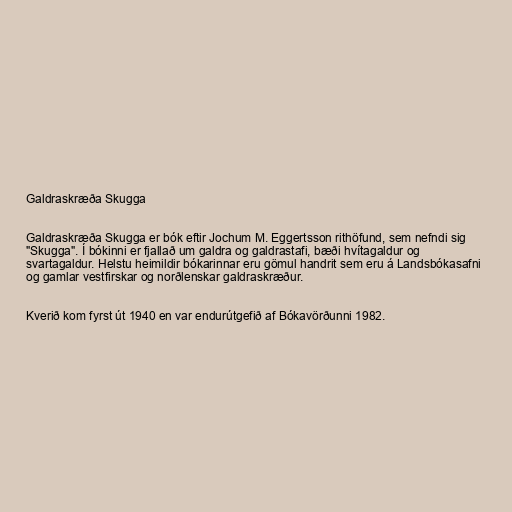
Galdraskræða Skugga

Galdraskræða Skugga er bók eftir Jochum M. Eggertsson rithöfund, sem nefndi sig
"Skugga". Í bókinni er fjallað um galdra og galdrastafi, bæði hvítagaldur og
svartagaldur. Helstu heimildir bókarinnar eru gömul handrit sem eru á Landsbókasafni
og gamlar vestfirskar og norðlenskar galdraskræður.

Kverið kom fyrst út 1940 en var endurútgefið af Bókavörðunni 1982.